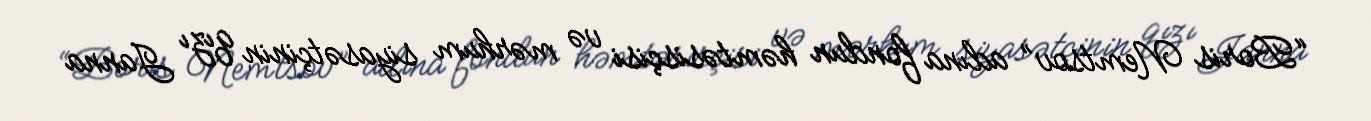
“Boris Nemtsov” adına fondun həmtəsisçisi və mərhum siyasətçinin qızı Janna